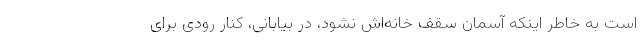
است به خاطر اینکه آسمان سقف خانه‌اش نشود، در بیابانی، کنار رودی برای